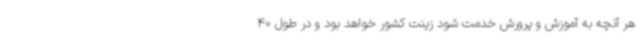
هر آنچه به آموزش و پرورش خدمت شود زینت کشور خواهد بود و در طول 40